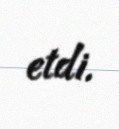
etdi.